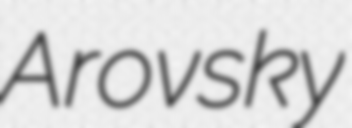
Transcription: Arovsky